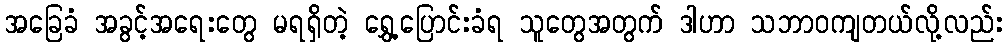
အခြေခံ အခွင့်အရေးတွေ မရရှိတဲ့ ရွှေ့ပြောင်းခံရ သူတွေအတွက် ဒါဟာ သဘာဝကျတယ်လို့လည်း